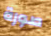
صورة